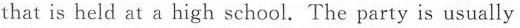
that is held at a high school. The party is usually